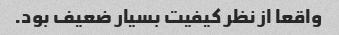
واقعا از نظر کیفیت بسیار ضعیف بود.